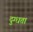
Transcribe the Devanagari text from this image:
दुग्धता